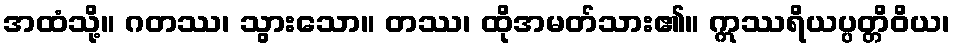
အထံသို့။ ဂတဿ၊ သွားသော။ တဿ၊ ထိုအမတ်သား၏။ ဣဿရိယပ္ပတ္တိဝိယ၊